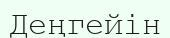
Деңгейін